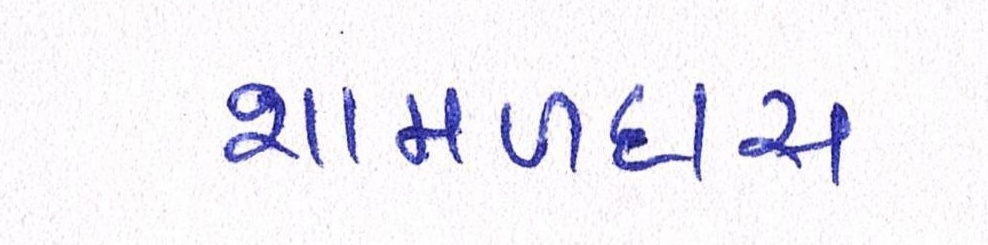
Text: શામળદાસ